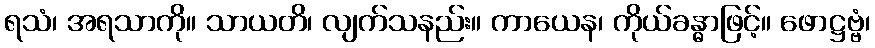
ရသံ၊ အရသာကို။ သာယတိ၊ လျက်သနည်း။ ကာယေန၊ ကိုယ်ခန္ဓာဖြင့်။ ဖောဋ္ဌဗ္ဗံ၊